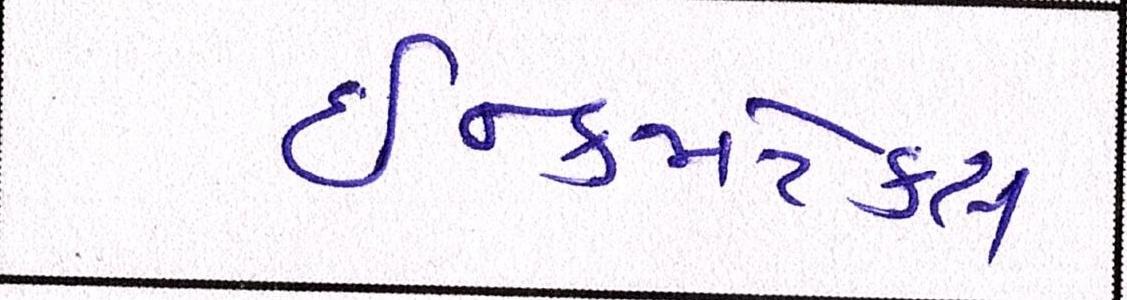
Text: ઇન્કમટેક્સ